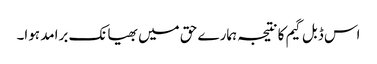
اس ڈبل گیم کا نتیجہ ہمارے حق میں بھیانک برامد ہوا۔